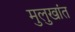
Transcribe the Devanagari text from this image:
मुलुखांत